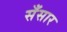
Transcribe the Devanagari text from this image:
सँसार